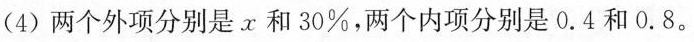
(4)两个外项分别是x和30%，两个内项分别是0.4和0.8。